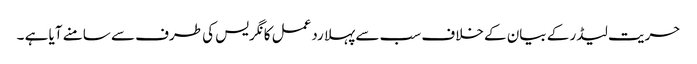
حریت لیڈر کے بیان کے خلاف سب سے پہلا ردعمل کانگریس کی طرف سے سامنے آیا ہے ۔